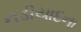
નડીયાદના